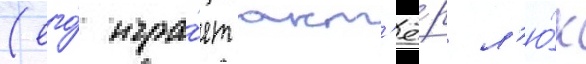
(его́ игра́ет акт'ё́р л'ю́к